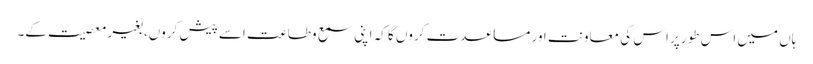
ہاں میں اس طور پر اس کی معاونت اور مساعدت کروں گا کہ اپنی سمع وطاعت اسے پیش کروں، بغیر معصیت کے۔